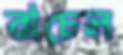
রাচেল